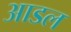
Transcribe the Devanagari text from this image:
आडल